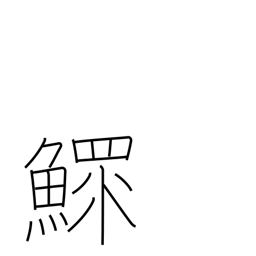
Meaning: widower